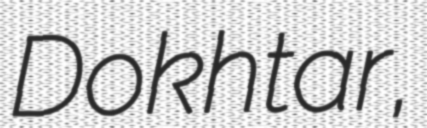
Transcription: Dokhtar,